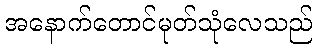
အနောက်တောင်မုတ်သုံလေသည်